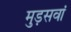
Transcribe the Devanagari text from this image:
मुड़सवां